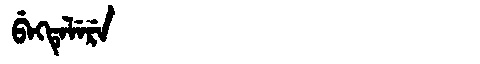
Manchu: ᠪᡝᡴᡨᡝᠯᡝᡵᡝ
Romanization: BEKTELERE